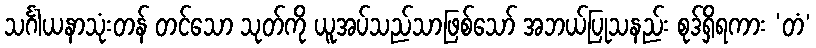
သင်္ဂါယနာသုံးတန် တင်သော သုတ်ကို ယူအပ်သည်သာဖြစ်သော် အဘယ်ပြုသနည်း စုဒ်ရှိရကား ‘တံ’